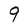
Character: 9